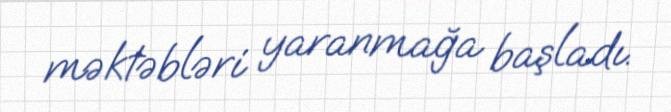
məktəbləri yaranmağa başladı.